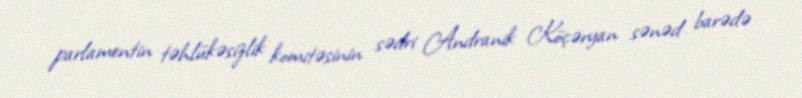
parlamentin təhlükəsizlik komitəsinin sədri Andranik Köçəryan sənəd barədə